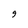
Character: 9